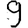
Digit: 9